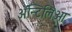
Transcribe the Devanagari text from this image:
अॅन्टिलिआ